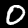
Digit: 0